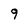
Character: 9